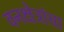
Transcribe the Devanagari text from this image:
वनक्षेत्रांचा